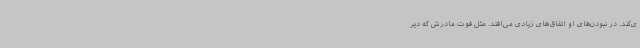
ی‌کند. در نبودن‌های او اتفاق‌های زیادی می‌افتد. مثل فوت مادرش که دیر